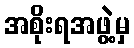
အစိုးရအဖွဲ့မှ